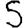
Digit: 5